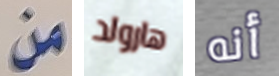
من هارولد أنه